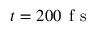
t = 2 0 0 \, \mathrm { ~ f ~ s ~ }